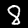
Label: 8